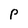
Character: P